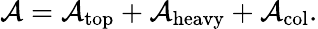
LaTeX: {\cal A}={\cal A}_{\mathrm{top}}+{\cal A}_{\mathrm{heavy}}+{\cal A}_{\mathrm{col}}.